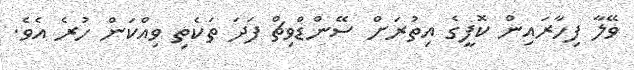
ވޭލާ ފިހާރައިން ކޮފީގެ އިތުރަށް ސޭންޑްވިޗް ފަދަ ތަކެތި ވިއްކަން ހުރެ އެވެ.